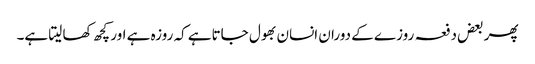
پھر بعض دفعہ روزے کے دوران انسان بھول جاتاہے کہ روزہ ہے اور کچھ کھا لیتا ہے۔